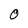
Character: 0